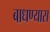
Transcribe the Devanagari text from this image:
बाधण्यास